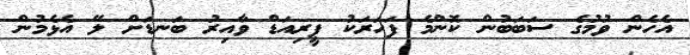
އެހެން ވުމުގެ ސަބަބުން ކޮންމެ ފަހަރަކު ޕީރިއަޑް ވާއިރު ބަނޑަށް ލޭ އެޅެމުން